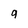
Character: q